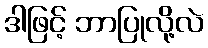
ဒါဖြင့် ဘာပြုလို့လဲ